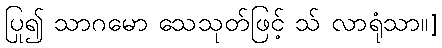
ပြု၍ သာဂမော သေသုတ်ဖြင့် သ် လာရုံသာ။]